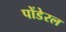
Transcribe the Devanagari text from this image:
पोंडेरल